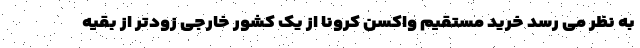
به نظر می رسد خرید مستقیم واکسن کرونا از یک کشور خارجی زودتر از بقیه